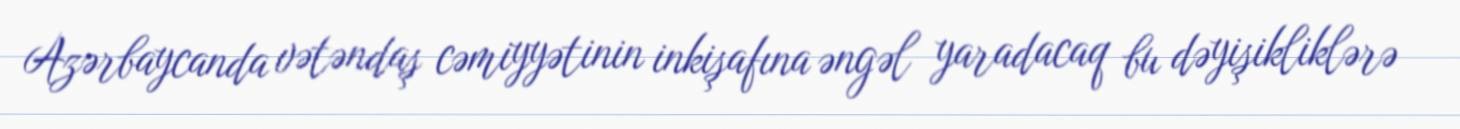
Azərbaycanda vətəndaş cəmiyyətinin inkişafına əngəl yaradacaq bu dəyişikliklərə